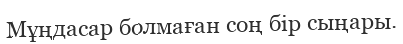
Мұңдасар болмаған соң бір сыңары.